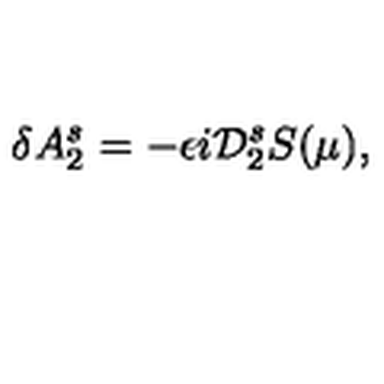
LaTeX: \delta A _ { 2 } ^ { s } = - \epsilon i { \cal D } _ { 2 } ^ { s } S ( \mu ) ,